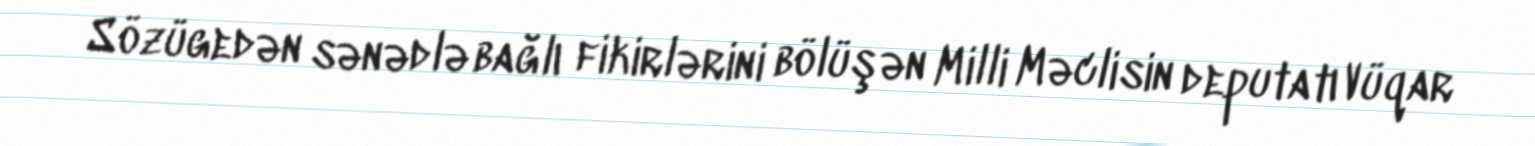
Sözügedən sənədlə bağlı fikirlərini bölüşən Milli Məclisin deputatı Vüqar